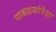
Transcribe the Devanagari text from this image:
पाकळ्यांपेक्षा